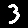
Digit: 3